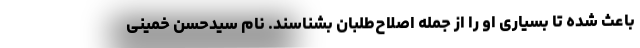
باعث شده تا بسیاری او را از جمله اصلاح‌طلبان بشناسند. نام سیدحسن خمینی